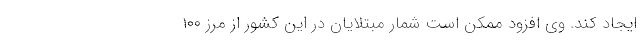
ایجاد کند. وی افزود ممکن است شمار مبتلایان در این کشور از مرز ۱۰۰